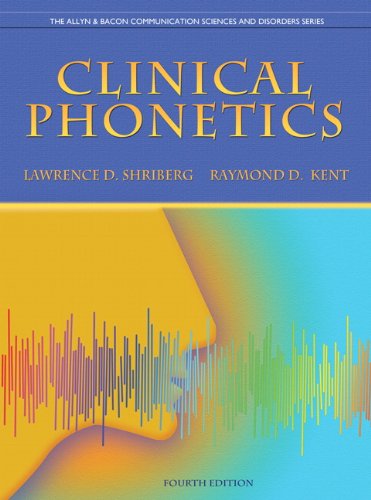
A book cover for Clinical Phonetics (4th Edition) (The Allyn & Bacon Communication Sciences and Disorders Series); Lawrence D. Shriberg; Medical Books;